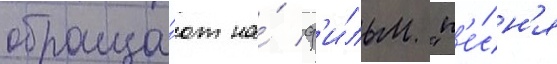
обраща́ют на́ ф'и́льм "п'е́сн'я